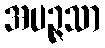
အပဉ္ဇသာ